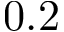
0 . 2